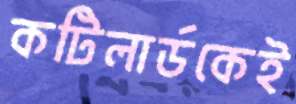
কটিলার্ডকেই